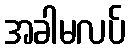
အခါမလပ်